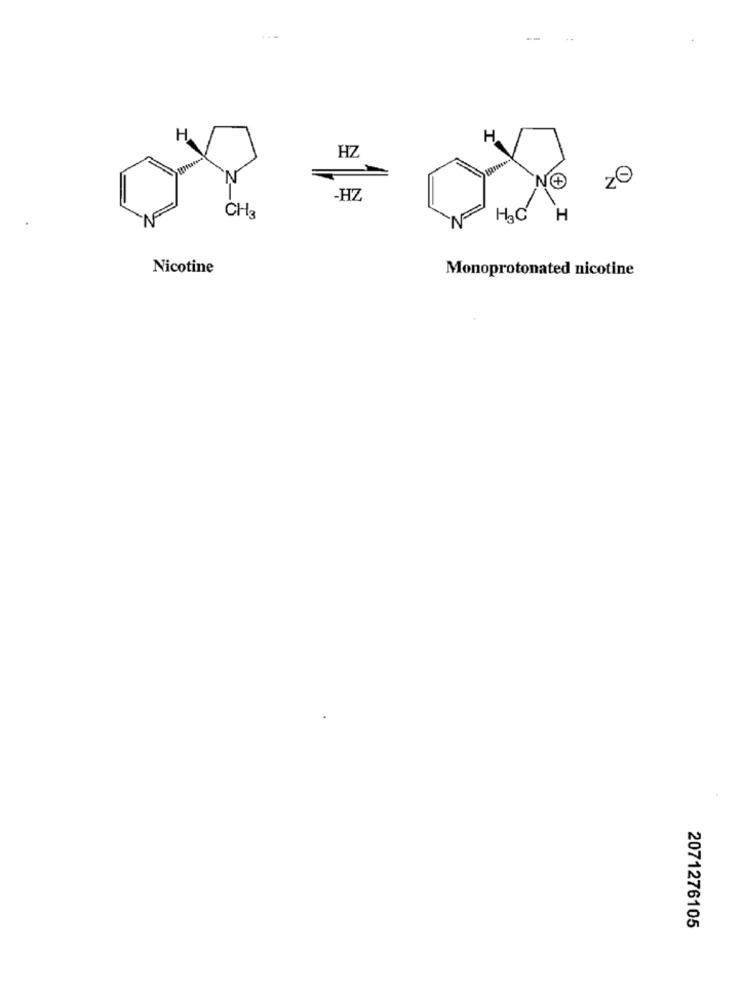
H
H.
HZ
-HZ
CH3
H.C
H
Nicotine
Monoprotonated nicotine
2071276105